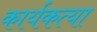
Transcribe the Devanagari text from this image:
कार्यकत्या